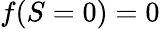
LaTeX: \begin{array}{r}{f(S=0)=0}\end{array}